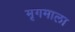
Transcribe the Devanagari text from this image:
मृगमाला